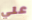
علي